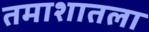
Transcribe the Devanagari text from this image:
तमाशातला